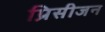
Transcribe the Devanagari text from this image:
प्रिसीजन